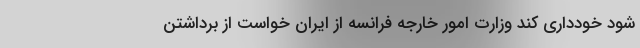
شود خودداری کند وزارت امور خارجه فرانسه از ایران خواست از برداشتن